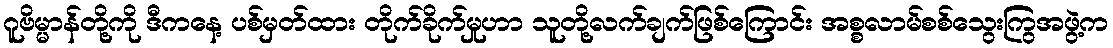
ဂူဗိမ္မာန်တို့ကို ဒီကနေ့ ပစ်မှတ်ထား တိုက်ခိုက်မှုဟာ သူတို့လက်ချက်ဖြစ်ကြောင်း အစ္စလာမ်စစ်သွေးကြွအဖွဲ့က